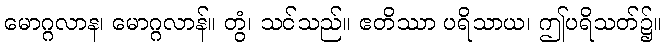
မောဂ္ဂလာန၊ မောဂ္ဂလာန်။ တွံ၊ သင်သည်။ ဧတိဿာ ပရိသာယ၊ ဤပရိသတ်၌။